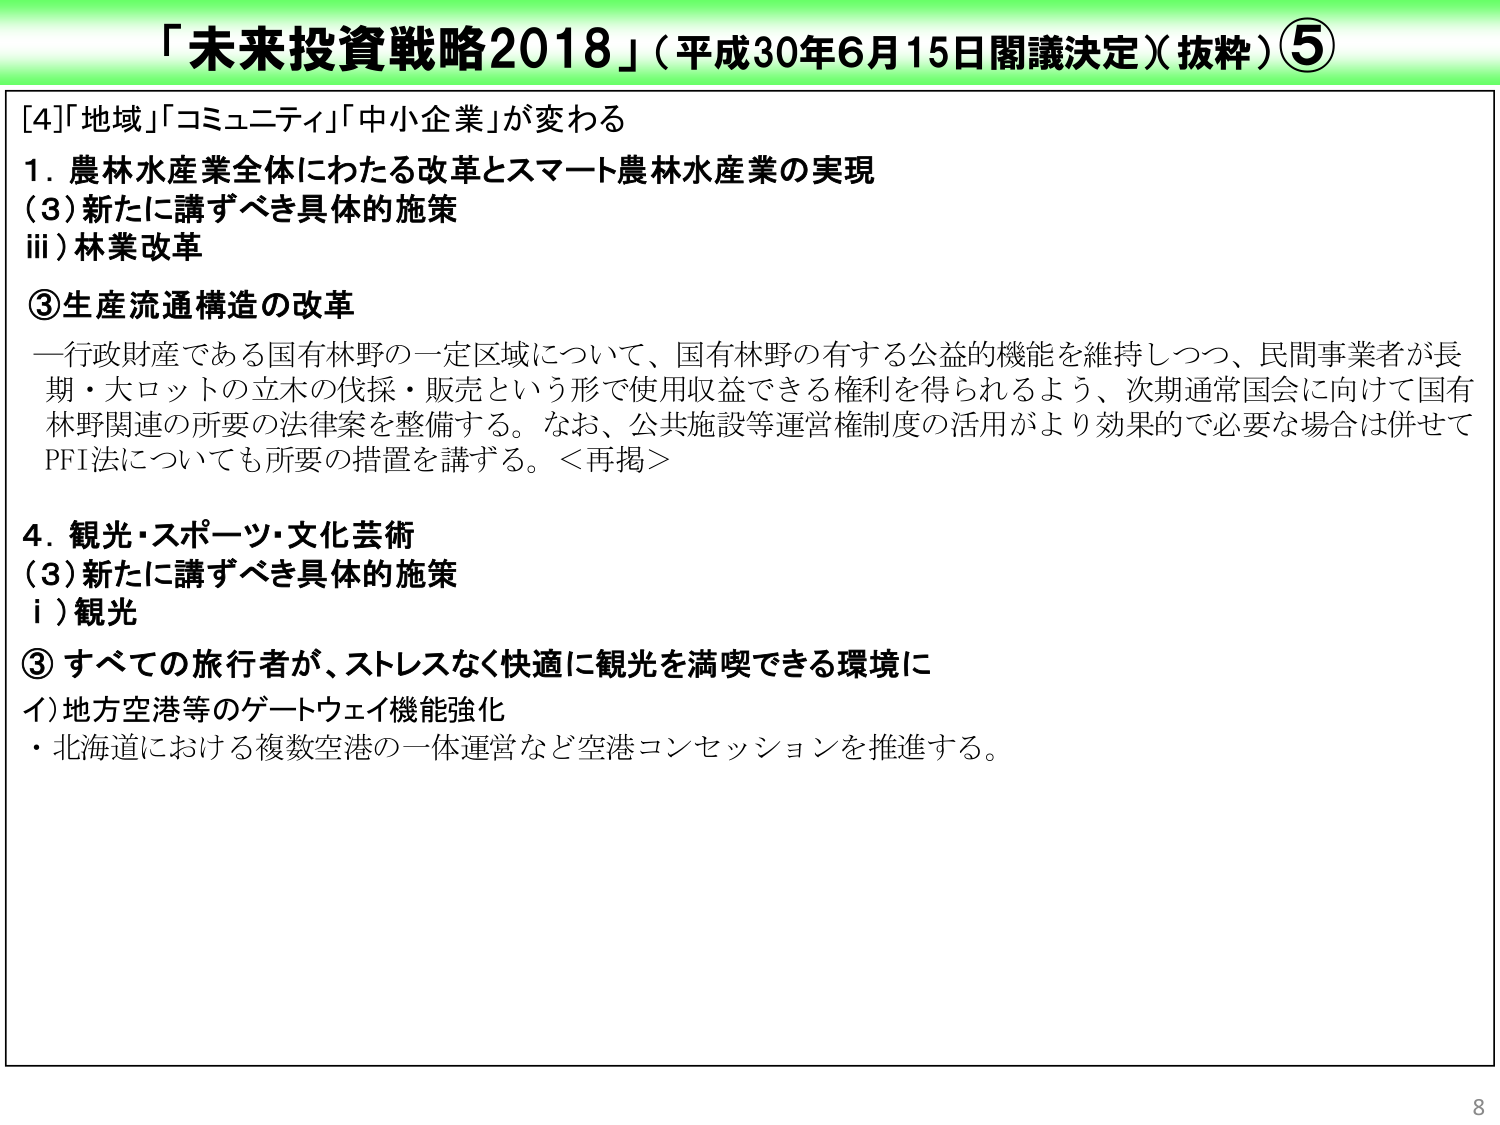
「未来投資戦略2018」（平成30年6月15日閣議決定）（抜粋）⑤

[4]「地域」「コミュニティ」「中小企業」が変わる

1．農林水産業全体にわたる改革とスマート農林水産業の実現
（3）新たに講ずべき具体的施策
ⅲ）林業改革

③生産流通構造の改革
―行政財産である国有林野の一定区域について、国有林野の有する公益的機能を維持しつつ、民間事業者が長期・大ロットの立木の伐採・販売という形で使用収益できる権利を得られるよう、次期通常国会に向けて国有林野関連の所要の法律案を整備する。なお、公共施設等運営権制度の活用がより効果的で必要な場合は併せてPFI法についても所要の措置を講ずる。＜再掲＞

4．観光・スポーツ・文化芸術
（3）新たに講ずべき具体的施策
ⅰ）観光

③すべての旅行者が、ストレスなく快適に観光を満喫できる環境に
イ）地方空港等のゲートウェイ機能強化
・北海道における複数空港の一体運営など空港コンセッションを推進する。

8